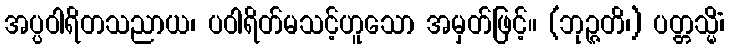
အပ္ပဝါရိတသညာယ၊ ပဝါရိတ်မသင့်ဟူသော အမှတ်ဖြင့်။ (ဘုဉ္ဇတိ၊) ပတ္တသ္မိံ၊